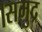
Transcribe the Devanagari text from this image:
।समुद्र